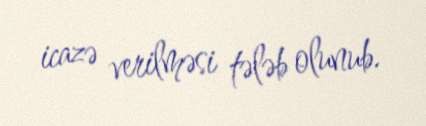
icazə verilməsi tələb olunub.